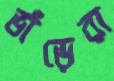
ভাঁড়েরা